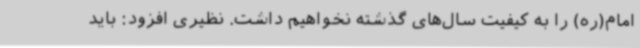
امام(ره) را به کیفیت سال‌های گذشته نخواهیم داشت. نظیری افزود: باید